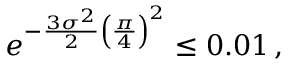
\begin{array} { r } { e ^ { - \frac { 3 \sigma ^ { 2 } } { 2 } \left( \frac { \pi } { 4 } \right) ^ { 2 } } \leq 0 . 0 1 \, , } \end{array}